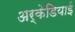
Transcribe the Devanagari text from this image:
अर्केडियाई